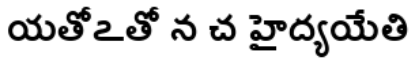
యతోఽతో న చ హైద్యయేతి